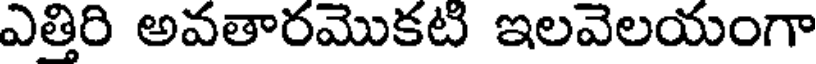
ఎత్తిరి అవతారమొకటి ఇలవెలయంగా